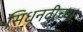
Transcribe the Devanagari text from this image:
सिधूनदीच्या